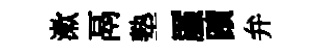
漱鬲塾厪蹟弁